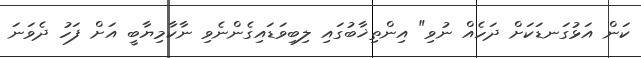
ކަން އަޅުގަނޑަކަށް ދަހެއް ނުވި" އިންތިޚާބުގައި ލިބިވަޑައިގެންނެވި ނާކާމިޔާބީ އަށް ފަހު ދެވަނަ